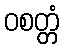
ဝစတ္တံ